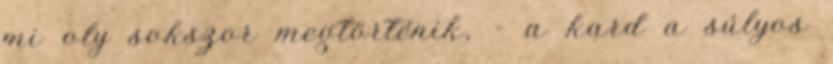
mi oly sokszor megtörténik, - a kard a súlyos